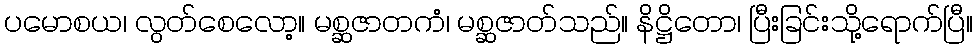
ပမောစယ၊ လွတ်စေလော့။ မစ္ဆဇာတကံ၊ မစ္ဆဇာတ်သည်။ နိဋ္ဌိတော၊ ပြီးခြင်းသို့ရောက်ပြီ။